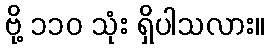
ဗို့ ၁၁၀ သုံး ရှိပါသလား။